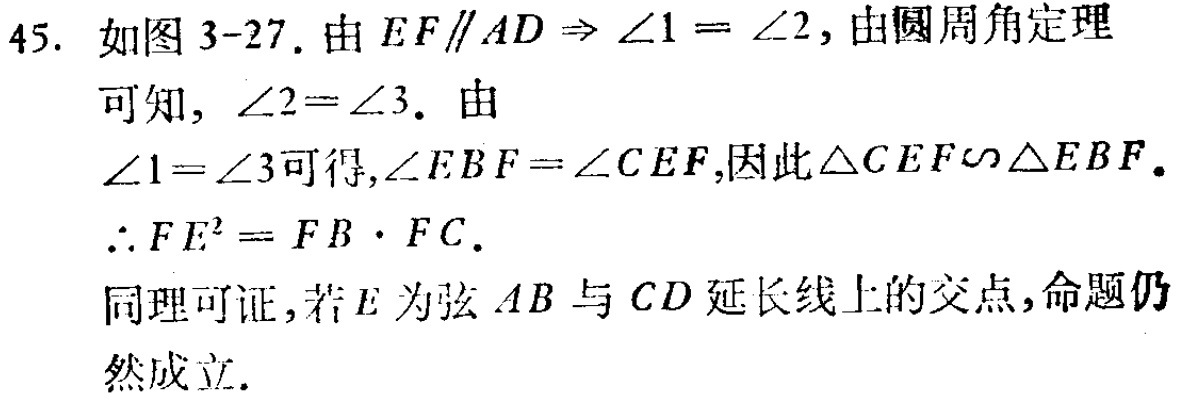
45. 如图 3-27. 由 \(EF\parallel AD\Rightarrow \angle1 = \angle2\)，由圆周角定理
可知, \(\angle2=\angle3\). 由
\(\angle1=\angle3\)可得,\(\angle EBF=\angle CEF\),因此\(\triangle CEF\sim\triangle EBF\).
\(\therefore FE^{2}=FB\cdot FC\).
同理可证,若\(E\)为弦 \(AB\) 与 \(CD\) 延长线上的交点,命题仍
然成立.